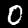
Digit: 0